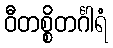
ဝီတစ္စိတင်္ဂါရံ